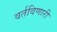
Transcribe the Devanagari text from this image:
वर्तविणारी